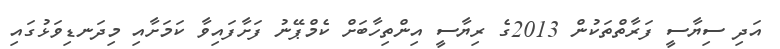
އަދި ސިޔާސީ ފަރާތްތަކުން 2013ގެ ރިޔާސީ އިންތިހާބަށް ކެމްޕޭނު ފަށާފައިވާ ކަމަށާއި މިދަނޑިވަޅުގައި